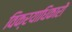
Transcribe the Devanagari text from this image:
विक्रयाधिकारों